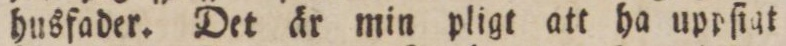
husfader. Det är min pligt att ha uppſigt